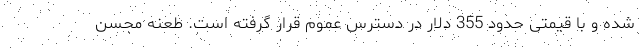
شده و با قیمتی حدود 355 دلار در دسترس عموم قرار گرفته است. طعنه محسن